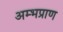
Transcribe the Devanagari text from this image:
अम्भप्राण